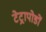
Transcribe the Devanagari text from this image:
टेट्रापोडों